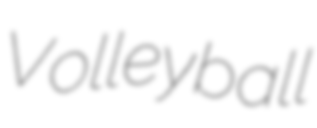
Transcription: Volleyball